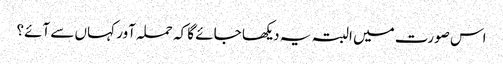
اس صورت میں البتہ یہ دیکھا جائے گا کہ حملہ آور کہاں سے آئے؟